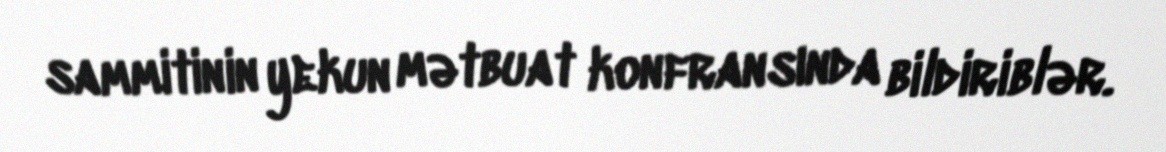
sammitinin yekun mətbuat konfransında bildiriblər.